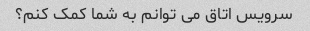
سرویس اتاق می توانم به شما کمک کنم؟